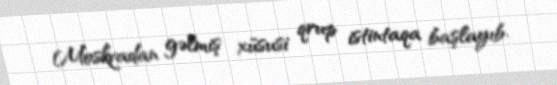
Moskvadan gəlmiş xüsusi qrup istintaqa başlayıb.